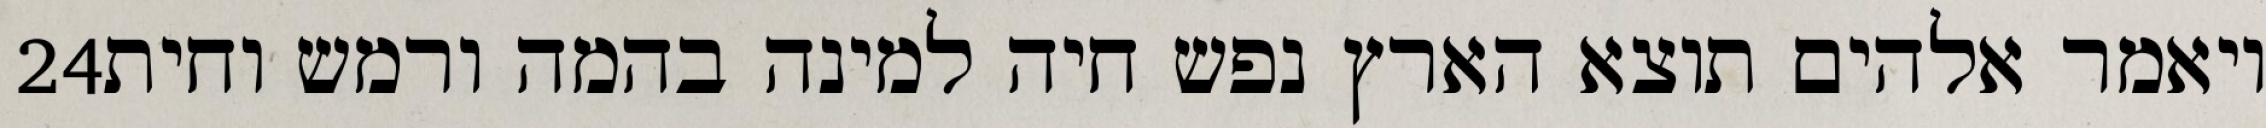
‎24‏ ויאמר אלהים תוצא הארץ נפש חיה למינה בהמה ורמש וחית